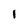
Character: 1